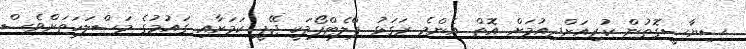
ސިޔާސީގޮތުން ކުރިއަށްދިއުމަށް އޮތް އެންމެ ރަގަޅު ޕްލެޓްފޯމަކީ ޖޭޕީ ކަމަށާއި ގައުމުގެ މަސްލަހަތަށްވެސް